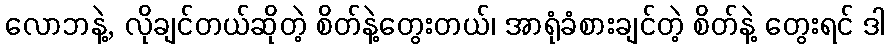
လောဘနဲ့, လိုချင်တယ်ဆိုတဲ့ စိတ်နဲ့တွေးတယ်၊ အာရုံခံစားချင်တဲ့ စိတ်နဲ့ တွေးရင် ဒါ